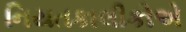
નિયતકાલીકોએ